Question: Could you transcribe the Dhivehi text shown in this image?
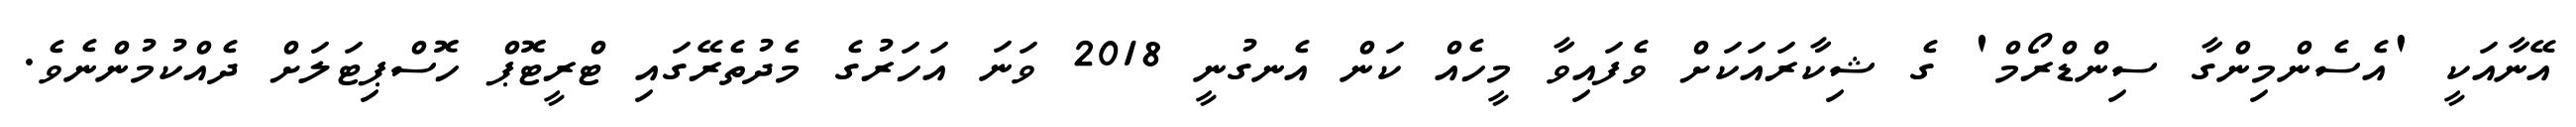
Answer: އޭނާއަކީ 'އެސެންމިންގާ ސިންޑްރޯމް' ގެ ޝިކާރައަކަށް ވެފައިވާ މީހެއް ކަން އެނގުނީ 2018 ވަނަ އަހަރުގެ މެދުތެރޭގައި ޓްރީޓޮޕް ހޮސްޕިޓަލަށް ދެއްކުމުންނެވެ.